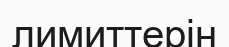
лимиттерін